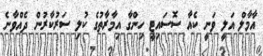
އާމާލް އަލީ ވަނީ ކެއާ ސޮސައިޓީ ހިންގާ އިމާރާތުގެ ކުލި ސަރުކާރުން ދެއްވާނެ